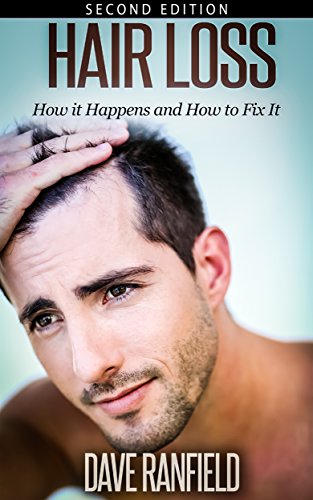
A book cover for Hair Loss: How it Happens and How to Fix It (Hair Loss, beauty and fashion, hair, loss, aging parents, hair growth, healthy hair); Dave Ranfield; Health, Fitness & Dieting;